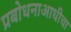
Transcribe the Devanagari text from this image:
प्रबोधनाआधीचा